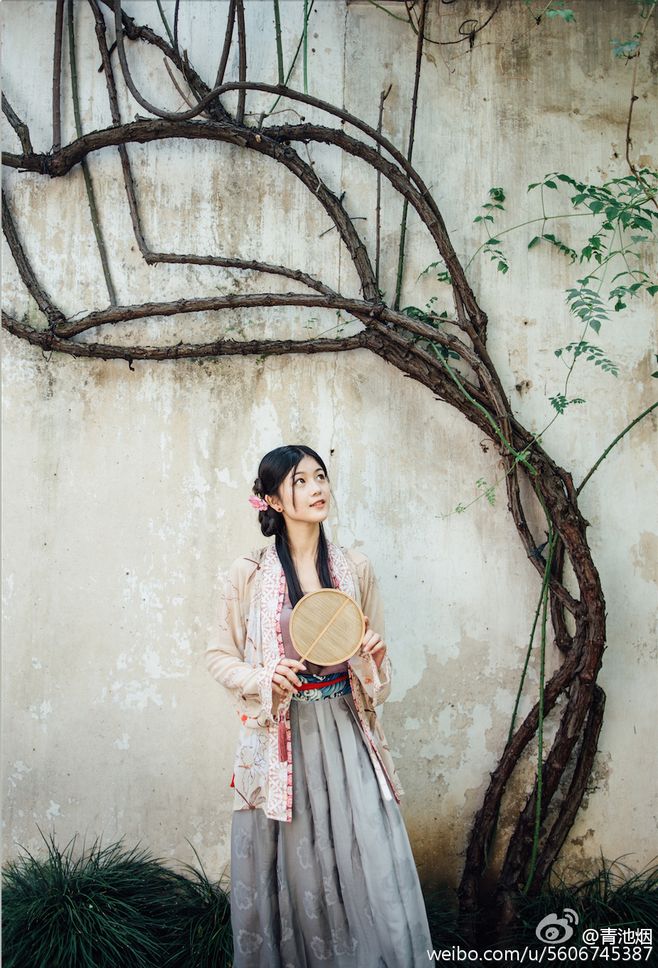
窗间梅熟落蒂，墙下笋成出林。